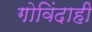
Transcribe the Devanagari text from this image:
गोविंदाही